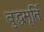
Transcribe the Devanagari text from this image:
बुद्धमूर्ति